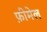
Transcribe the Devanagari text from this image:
फ़ीमेल